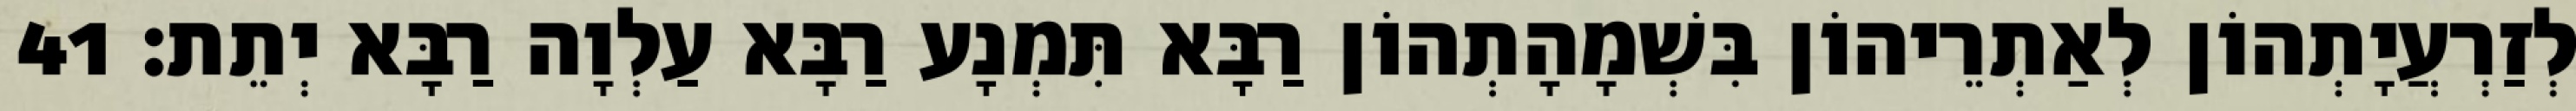
לְזַרְעֲיָתְהוֹן לְאַתְרֵיהוֹן בִּשְׁמָהָתְהוֹן רַבָּא תִּמְנָע רַבָּא עַלְוָה רַבָּא יְתֵת׃ 41